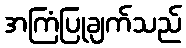
အကြံပြုချက်သည်